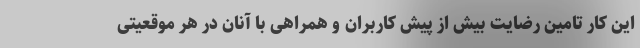
این کار تامین رضایت بیش از پیش کاربران و همراهی با آنان در هر موقعیتی